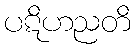
ပဋိဟညတိ